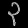
Digit: ၃